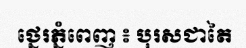
ថ្នេរភ្នំពេញ ៖ បុរសជាតៃ